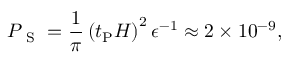
{ \cal P } _ { \mathrm { ~ S ~ } } = \frac { 1 } { \pi } \left( t _ { \mathrm { P } } H \right) ^ { 2 } \epsilon ^ { - 1 } \approx 2 \times 1 0 ^ { - 9 } ,